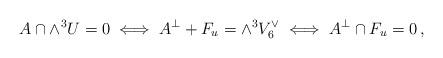
LaTeX: \begin{align*}A \cap \wedge^3 U = 0 \iff A^\perp + F_u = \wedge^3 V_6^\vee \iff A^\perp \cap F_u = 0\, ,\end{align*}